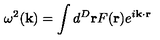
\omega ^ { 2 } ( { \bf k } ) = \int d ^ { D } { \bf r } F ( { \bf r } ) e ^ { i { \bf k } \cdot { \bf r } }